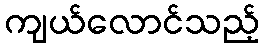
ကျယ်လောင်သည့်